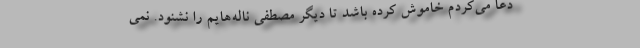
دعا می‌کردم خاموش کرده باشد تا دیگر مصطفی ناله‌هایم را نشنود. نمی